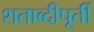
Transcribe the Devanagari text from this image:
शताब्दीपूर्ती